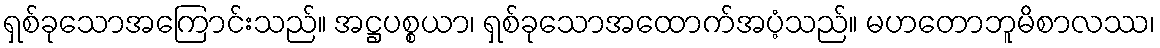
ရှစ်ခုသောအကြောင်းသည်။ အဋ္ဌပစ္စယာ၊ ရှစ်ခုသောအထောက်အပံ့သည်။ မဟတောဘူမိစာလဿ၊